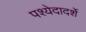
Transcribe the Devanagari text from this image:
पश्येदादर्शे